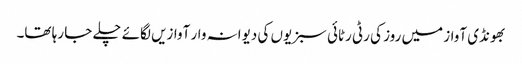
بھونڈی آواز میں روز کی رٹی رٹائی سبزیوں کی دیوانہ وار آوازیں لگائے چلے جا رہا تھا۔